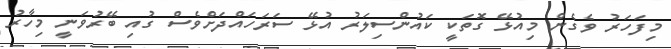
މިފަހަރު ވެގެން މިއުޅޭ ގޮތަކީ ކައުންސިލަރު އުޅޭ ސަރަހައްދަށްވެސް ގުއި ބޭރުވަނީ މިހާރު